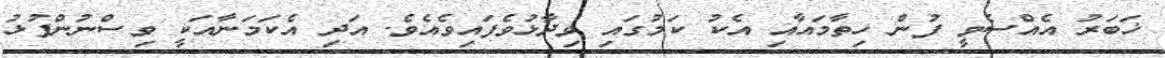
ޚަބަރު އެއްސެވީ ފުން ހިތާމައާއި އެކު ކަމުގައި ވިދާޅުވެފައިވެއެވެ. އަދި އެކަމަނާއަކީ ވިސްނުންފުޅު